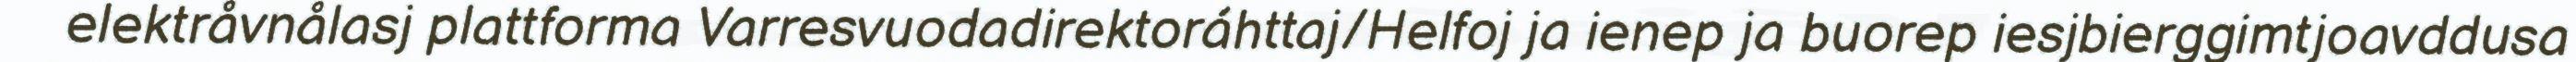
elektråvnålasj plattforma Varresvuodadirektoráhttaj/Helfoj ja ienep ja buorep iesjbierggimtjoavddusa